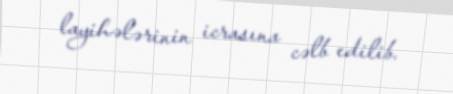
layihələrinin icrasına cəlb edilib.